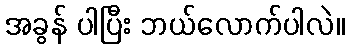
အခွန် ပါပြီး ဘယ်လောက်ပါလဲ။